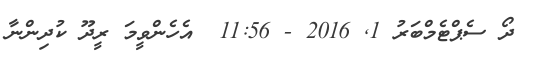
ދޯ ސެޕްޓެމްބަރު 1